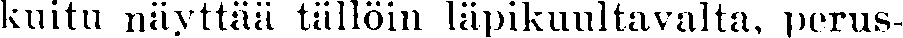
kuitu näyttää tällöin läpikuultavalta, perus-